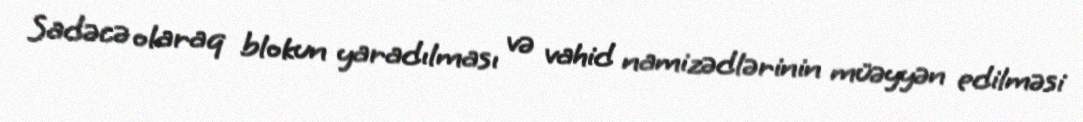
Sadəcə olaraq blokun yaradılması və vahid namizədlərinin müəyyən edilməsi